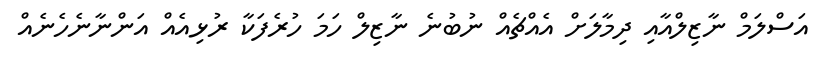
އަސްލަމް ނާޒިލްއާއި ދިމާލަށް އެއްޗެއް ނުބުނެ ނާޒިލް ހަމަ ހުރެފަކާ ރުޅިއެއް އަންނާނެހެނެއް